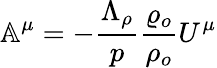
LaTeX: \mathbb{A}^{\mu}=-\frac{\Lambda_{\rho}}{p}\frac{\varrho_{o}}{\rho_{o}}U^{\mu}